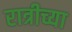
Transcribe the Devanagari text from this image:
रात्रीच्या